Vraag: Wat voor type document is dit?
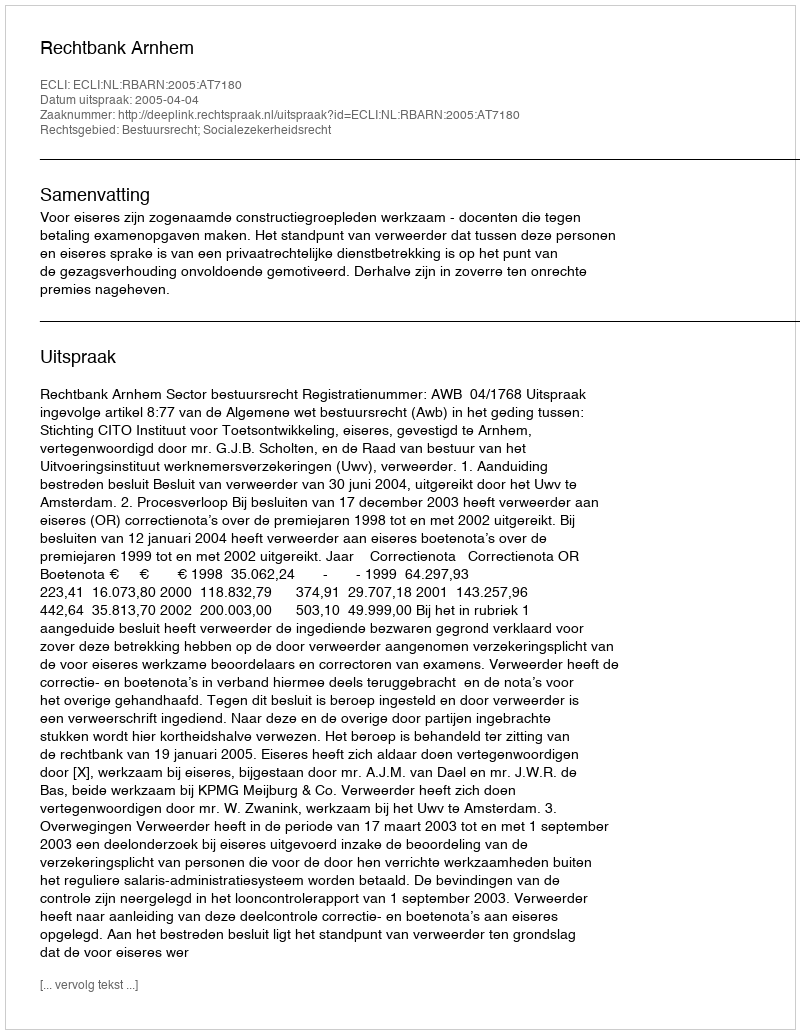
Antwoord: Uitspraak